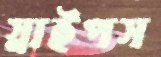
স্নাইপস